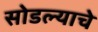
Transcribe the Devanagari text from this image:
सोडल्याचे